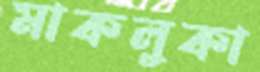
মাকলুকা